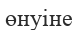
өнуіне